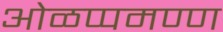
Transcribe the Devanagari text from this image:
ओळप्पमण्ण